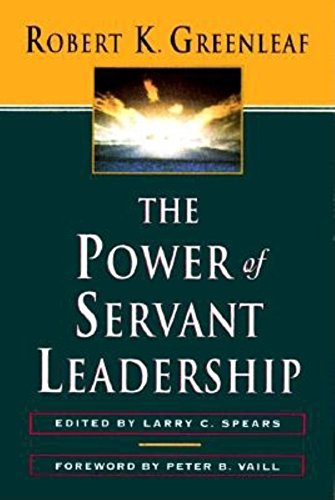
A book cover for The Power of Servant-Leadership; Robert K. Greenleaf; Christian Books & Bibles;